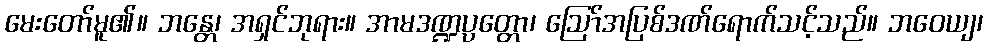
မေးတော်မူ၏။ ဘန္တေ၊ အရှင်ဘုရား။ အာမဒဏ္ဍပ္ပတ္တော၊ ဩော်အပြစ်ဒဏ်ရောက်သင့်သည်။ ဘဝေယျ၊